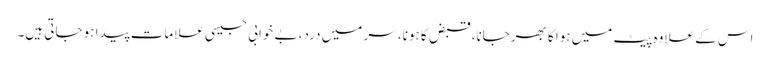
اس کے علاوہ پیٹ میں ہوا کا بھرجانا، قبض کا ہونا، سر میں درد، بے خوابی جیسی علامات پیدا ہو جاتی ہیں۔